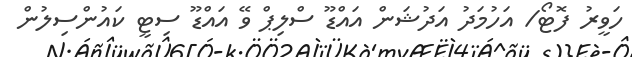
ހަވީރު ފޮޓޯ/ އަހުމަދު އަދުޝަން އައްޑޫ ސްލިޕް ވޭ އައްޑޫ ސިޓީ ކައުންސިލުން